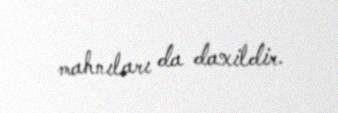
mahnıları da daxildir.